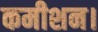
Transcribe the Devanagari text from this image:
कमीशन।